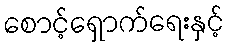
စောင့်ရှောက်ရေးနှင့်